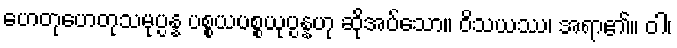
ဟေတုဟေတုသမုပ္ပန္န ပစ္စယပစ္စယုပ္ပန္နဟု ဆိုအပ်သော။ ဝိသယဿ၊ အရာ၏။ ဝါ၊